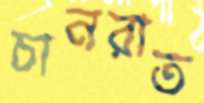
চানরাত